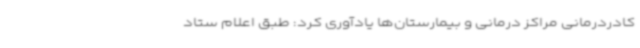
کادردرمانی مراکز درمانی و بیمارستان‌ها یادآوری کرد: طبق اعلام ستاد